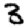
Digit: 3